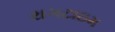
રાગટાઇમ